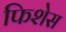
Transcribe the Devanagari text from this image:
फिशेस